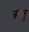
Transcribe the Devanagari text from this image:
बोलु